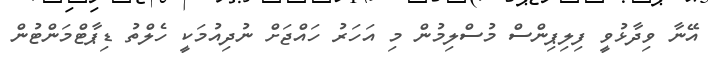
އޭނާ ވިދާޅުވީ ފިލިޕިންސް މުސްލިމުން މި އަހަރު ހައްޖަށް ނުދިއުމަކީ ހެލްތު ޑިޕާޓްމަންޓުން